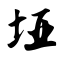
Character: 垭